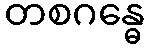
တစဂန္ဓေ